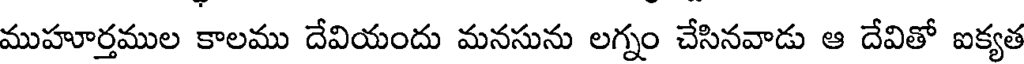
ముహూర్తముల కాలము దేవియందు మనసును లగ్నం చేసినవాడు ఆ దేవితో ఐక్యత